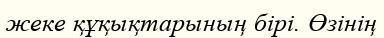
жеке құқықтарының бірі. Өзінің